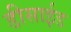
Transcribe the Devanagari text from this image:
डीसाईड